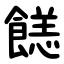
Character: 䭐